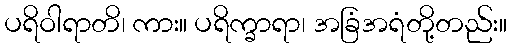
ပရိဝါရာတိ၊ ကား။ ပရိက္ခာရာ၊ အခြံအရံတို့တည်း။